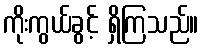
ကိုးကွယ်ခွင့် ရှိကြသည်။